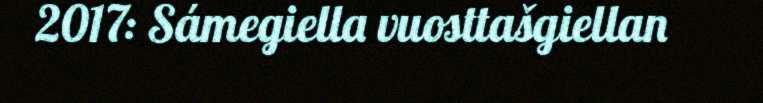
2017: Sámegiella vuosttašgiellan